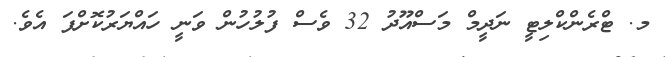
މ. ޓްރެންކްލިޓީ ނަދީމް މަސްއޫދު 32 ވެސް ފުލުހުން ވަނީ ހައްޔަރުކޮށްފަ އެވެ.